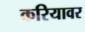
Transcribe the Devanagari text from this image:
करियावर